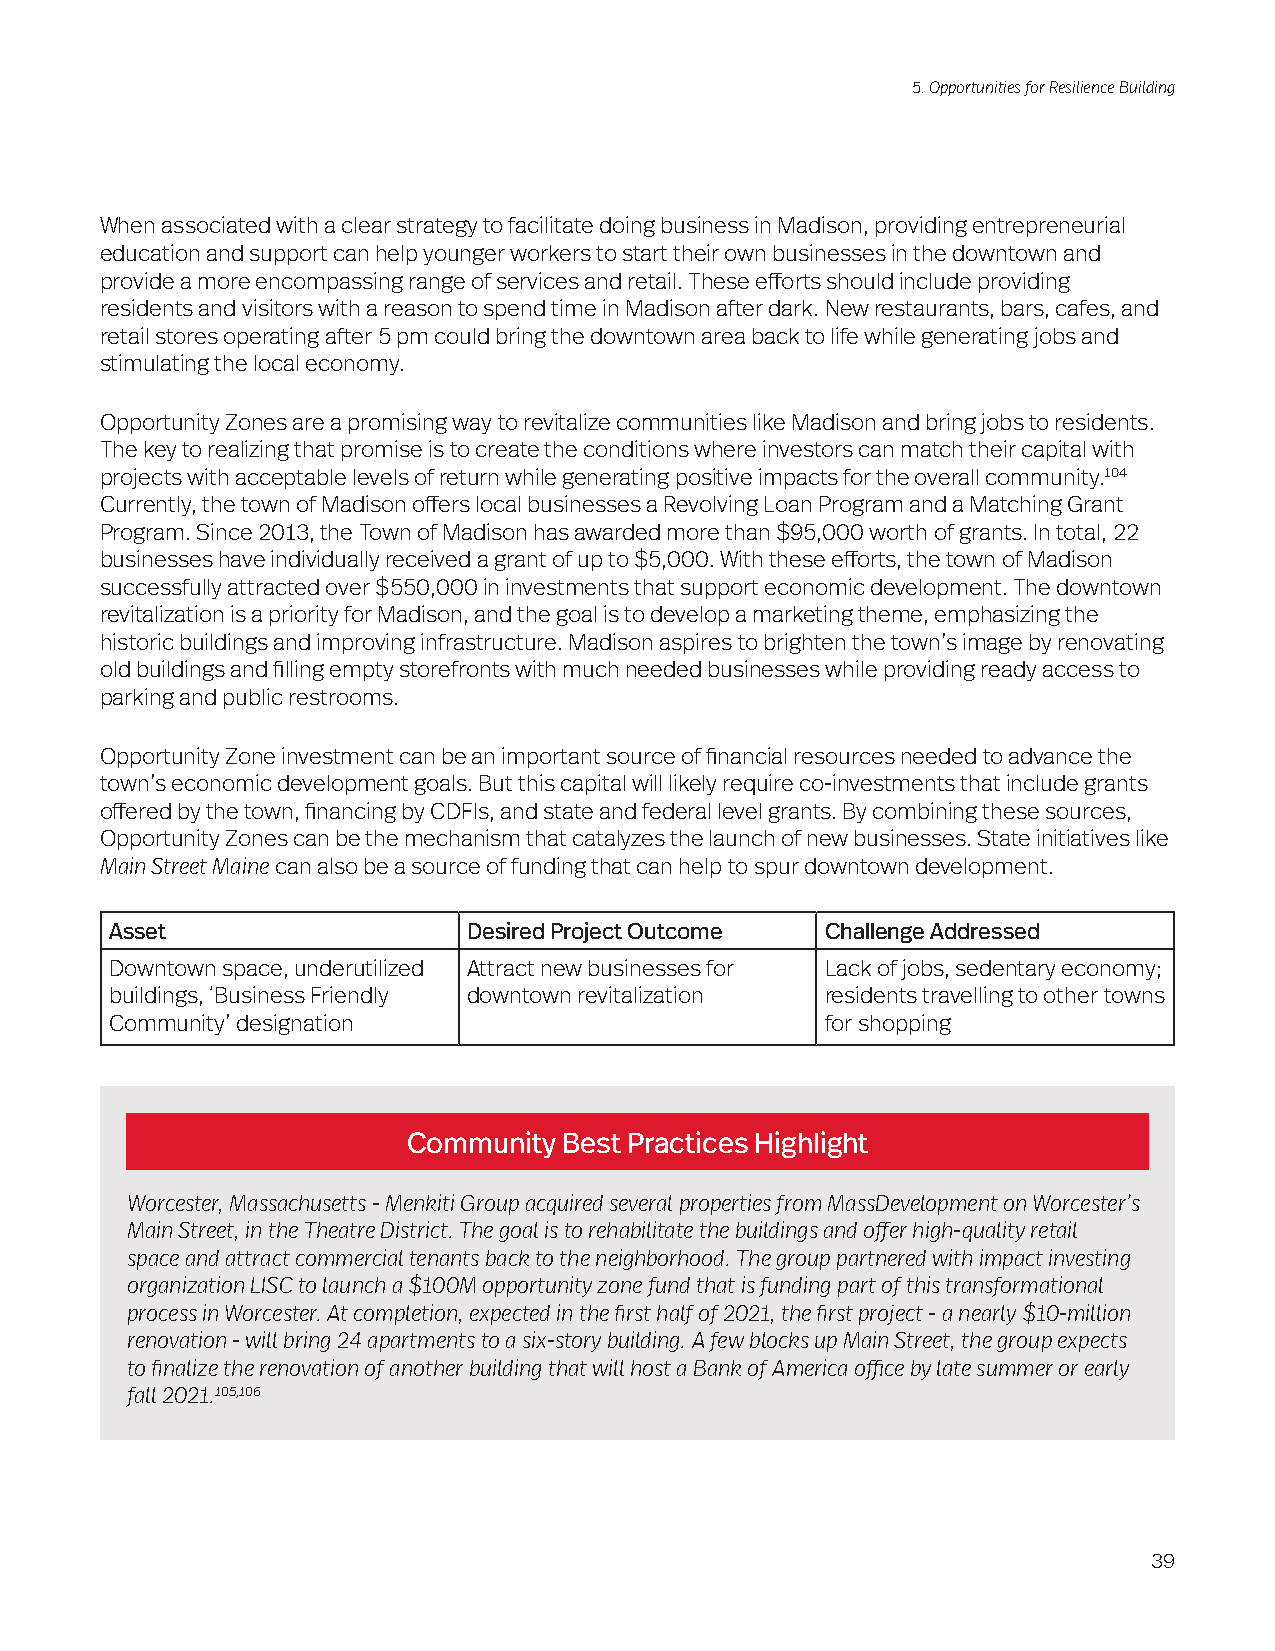
5. Opportunities for Resilience Building
 When associated with a clear strategy to facilitate doing business in Madison, providing entrepreneurial
 education and support can help younger workers to start their own businesses in the downtown and
 provide a more encompassing range of services and retail. These efforts should include providing
 residents and visitors with a reason to spend time in Madison after dark. New restaurants, bars, cafes, and
 retail stores operating after 5 pm could bring the downtown area back to life while generating jobs and
 stimulating the local economy.
 Opportunity Zones are a promising way to revitalize communities like Madison and bring jobs to residents.
 The key to realizing that promise is to create the conditions where investors can match their capital with
 projects with acceptable levels of return while generating positive impacts for the overall community.104
 Currently, the town of Madison offers local businesses a Revolving Loan Program and a Matching Grant
 Program. Since 2013, the Town of Madison has awarded more than $95,000 worth of grants. In total, 22
 businesses have individually received a grant of up to $5,000. With these efforts, the town of Madison
 successfully attracted over $550,000 in investments that support economic development. The downtown
 revitalization is a priority for Madison, and the goal is to develop a marketing theme, emphasizing the
 historic buildings and improving infrastructure. Madison aspires to brighten the town’s image by renovating
 old buildings and filling empty storefronts with much needed businesses while providing ready access to
 parking and public restrooms.
 Opportunity Zone investment can be an important source of financial resources needed to advance the
 town’s economic development goals. But this capital will likely require co-investments that include grants
 offered by the town, financing by CDFIs, and state and federal level grants. By combining these sources,
 Opportunity Zones can be the mechanism that catalyzes the launch of new businesses. State initiatives like
 Main Street Maine can also be a source of funding that can help to spur downtown development.
 Asset                   Desired Project Outcome Challenge Addressed
 Downtown space, underutilized Attract new businesses for Lack of jobs, sedentary economy;
 buildings, ‘Business Friendly downtown revitalization residents travelling to other towns
 Community’ designation                          for shopping
 Community Best Practices Highlight
 Worcester, Massachusetts - Menkiti Group acquired several properties from MassDevelopment on Worcester’s
 Main Street, in the Theatre District. The goal is to rehabilitate the buildings and offer high-quality retail
 space and attract commercial tenants back to the neighborhood. The group partnered with impact investing
 organization LISC to launch a $100M opportunity zone fund that is funding part of this transformational
 process in Worcester. At completion, expected in the first half of 2021, the first project - a nearly $10-million
 renovation - will bring 24 apartments to a six-story building. A few blocks up Main Street, the group expects
 to finalize the renovation of another building that will host a Bank of America office by late summer or early
 fall 2021.105,106
 39